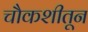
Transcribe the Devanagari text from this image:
चौकशीतून